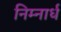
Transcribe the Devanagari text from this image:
निम्नार्ध